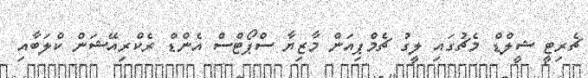
ޗެރިޓީ ޝީލްޑް މެޗުގައި ލީގު ޗެމްޕިއަން މާޒިޔާ ސްޕޯޓްސް އެންޑް ރެކްރިއޭޝަން ކްލަބާއި